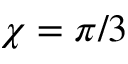
\chi = \pi / 3